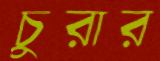
চুরার